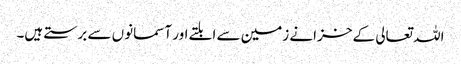
اللہ تعالی کے خزانے زمین سے ابلتے اور آسمانوں سے برستے ہیں۔